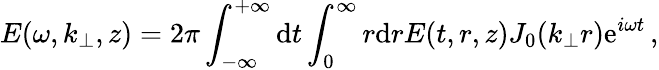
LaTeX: E(\omega,k_{\perp},z)=2\pi\int_{-\infty}^{+\infty}\mathrm{d}t\int_{0}^{\infty}r\mathrm{d}rE(t,r,z)J_{0}(k_{\perp}r)\mathrm{e}^{i\omega t}\, ,